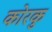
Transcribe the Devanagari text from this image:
कोरकु